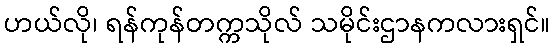
ဟယ်လို၊ ရန်ကုန်တက္ကသိုလ် သမိုင်းဌာနကလားရှင်။